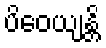
ပိဝေယျန္တိ